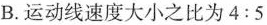
B.运动线速度大小之比为$$4:5$$